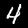
Digit: 4